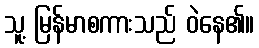
သူ့ မြန်မာစကားသည် ဝဲနေ၏။